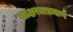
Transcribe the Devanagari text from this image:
साक्षरताप्रमाण